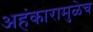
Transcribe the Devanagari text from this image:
अहंकारामुळेच